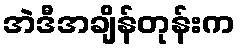
အဲဒီအချိန်တုန်းက